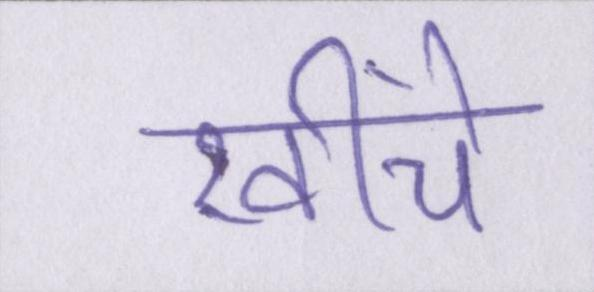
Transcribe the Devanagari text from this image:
खींचे